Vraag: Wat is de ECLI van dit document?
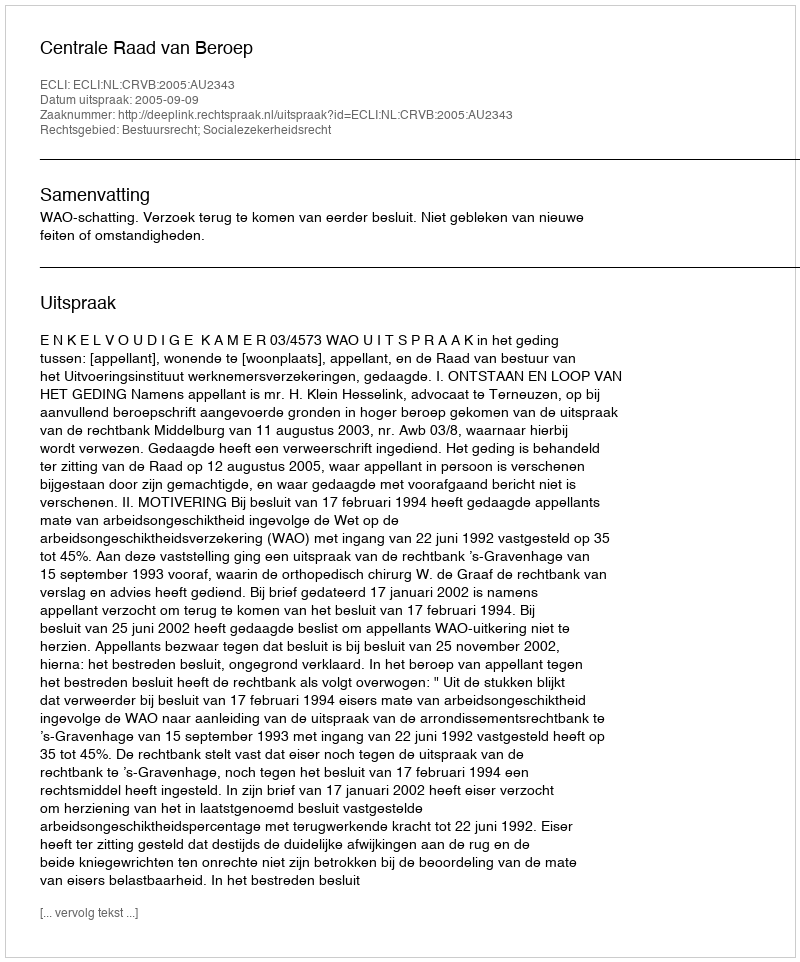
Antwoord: ECLI:NL:CRVB:2005:AU2343